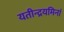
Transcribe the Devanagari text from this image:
यतीन्द्रयमिनां